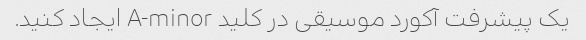
یک پیشرفت آکورد موسیقی در کلید A-minor ایجاد کنید.